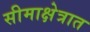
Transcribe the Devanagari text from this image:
सीमाक्षेत्रात